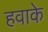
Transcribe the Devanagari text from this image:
हवाके